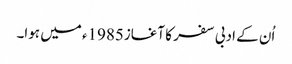
اُن کے ادبی سفر کا آغاز1985ء میں ہوا۔